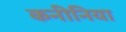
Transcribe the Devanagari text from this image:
कनीनिया